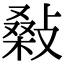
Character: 𢾪